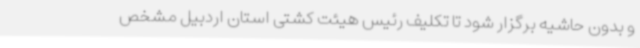
و بدون حاشیه برگزار شود تا تکلیف رئیس هیئت کشتی استان اردبیل مشخص